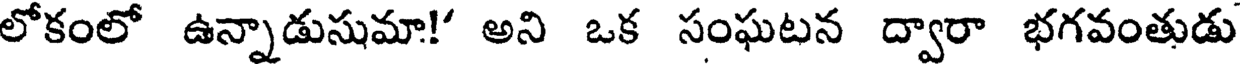
లోకంలో ఉన్నాడుసుమా!" అని ఒక సంఘటన ద్వారా భగవంతుడు